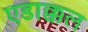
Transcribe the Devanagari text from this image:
एडाक्कल